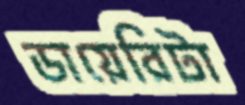
ডায়েরিটা